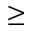
\geq